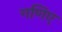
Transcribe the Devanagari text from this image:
गणिए